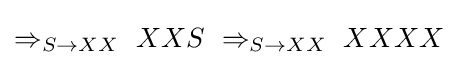
\Rightarrow _{S\to XX}\ XXS\ \Rightarrow _{S\to XX}\ XXXX